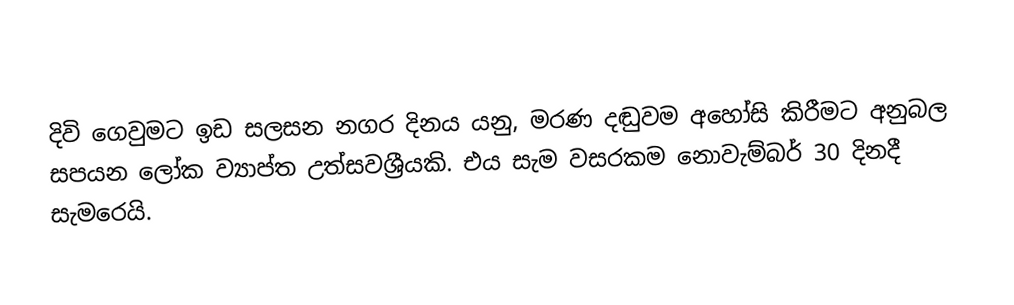
දිවි ගෙවුමට ඉඩ සලසන නගර දිනය යනු, මරණ දඬුවම අහෝසි කිරීමට අනුබල සපයන ලෝක ව්‍යාප්ත උත්සවශ්‍රීයකි. එය සැම වසරකම නොවැම්බර් 30 දිනදී සැමරෙයි.